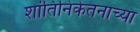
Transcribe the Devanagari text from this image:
शांतिनिकेतनाच्या